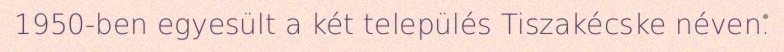
1950-ben egyesült a két település Tiszakécske néven.